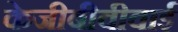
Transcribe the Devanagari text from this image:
केजीबीवीवाई